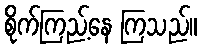
စိုက်ကြည့်နေ ကြသည်။